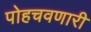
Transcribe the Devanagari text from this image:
पोहचवणारी